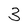
Character: 3